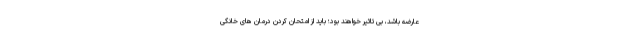
عارضه باشد، بی تاثیر خواهند بود؛ باید از امتحان کردن درمان های خانگی